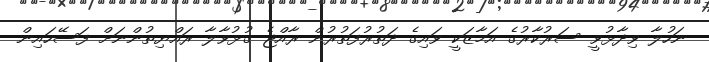
ނަހުލާ ވިދާޅުވީ ސަރުކާރުގެ އަމާޒަކީ ވައިގެ ދަތުރުފަތުރުން ރާއްޖެ ގުޅުވާލާ ރައްޔިތުންނަށް ފަސޭހައިން